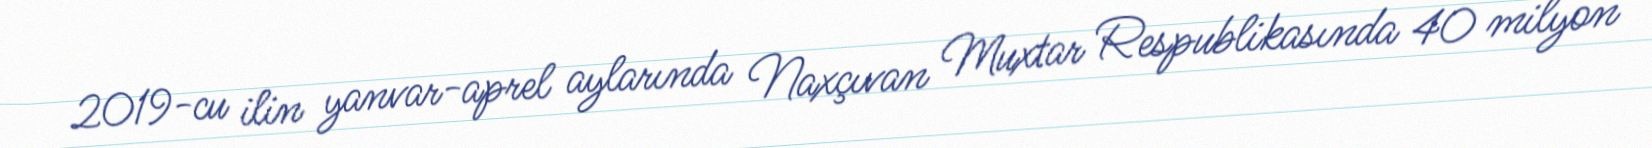
2019-cu ilin yanvar-aprel aylarında Naxçıvan Muxtar Respublikasında 40 milyon